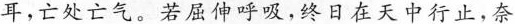
耳，亡处亡气。若屈伸呼吸，终日在天中行止，奈